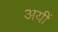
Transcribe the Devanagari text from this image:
अयीं